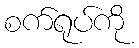
စက်ရုပ်ကို